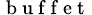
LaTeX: _{\mathrm{~b~u~f~f~e~t~}}